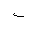
Letter: _non